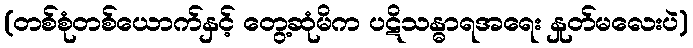
(တစ်စုံတစ်ယောက်နှင့် တွေ့ဆုံမိက ပဋိသန္ဓာရအရေး နှုတ်မလေးပဲ)